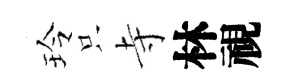
玲只寺林視